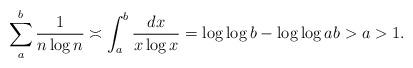
LaTeX: \begin{align*} \sum_{a}^{b}\frac{1}{n\log n}\asymp \int_a^b \frac{dx}{x\log x}=\log\log b-\log\log a b>a>1.\end{align*}